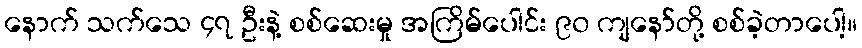
နောက် သက်သေ ၄၇ ဦးနဲ့ စစ်ဆေးမှု အကြိမ်ပေါင်း ၉၀ ကျနော်တို့ စစ်ခဲ့တာပေါ့။